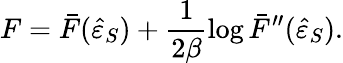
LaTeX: F=\bar{F}(\hat{\varepsilon}_{S})+\frac{1}{2\beta}\log{\bar{F}^{\prime\prime}(\hat{\varepsilon}_{S})}.